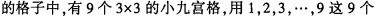
的格子中，有9个$$3 \times 3$$的小九宫格，用1，2，3，…，9这9个